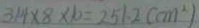
3 1 4 \times 8 \times 1 0 = 2 5 1 . 2 ( c m ^ { 2 } )